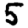
Digit: 5